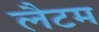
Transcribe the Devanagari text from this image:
लैटम